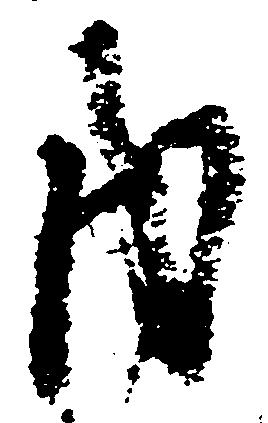
内